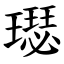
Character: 璱